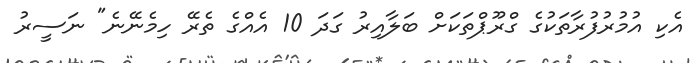
އެކި އުމުރުފުރާތަކުގެ ގްރޫޕްތަކަށް ބަލާއިރު ގަދަ 10 އެއްގެ ތެރޭ ހިމެނޭނެ" ނަސީރު